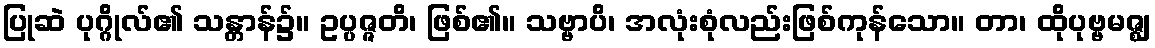
ပြုဆဲ ပုဂ္ဂိုလ်၏ သန္တာန်၌။ ဥပ္ပဇ္ဇတိ၊ ဖြစ်၏။ သဗ္ဗာပိ၊ အလုံးစုံလည်းဖြစ်ကုန်သော။ တာ၊ ထိုပုဗ္ဗမဇ္ဈ